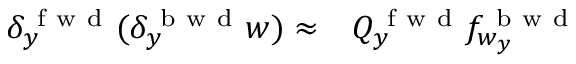
\begin{array} { r l } { \delta _ { y } ^ { \mathrm { ~ f ~ w ~ d ~ } } ( \delta _ { y } ^ { \mathrm { ~ b ~ w ~ d ~ } } w ) \approx } & { { } Q _ { y } ^ { \mathrm { ~ f ~ w ~ d ~ } } f _ { w _ { y } } ^ { \mathrm { ~ b ~ w ~ d ~ } } } \end{array}